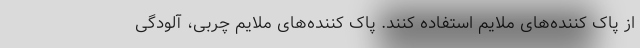
از پاک کننده‌های ملایم استفاده کنند. پاک کننده‌های ملایم چربی، آلودگی